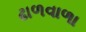
ઢાળવાળા